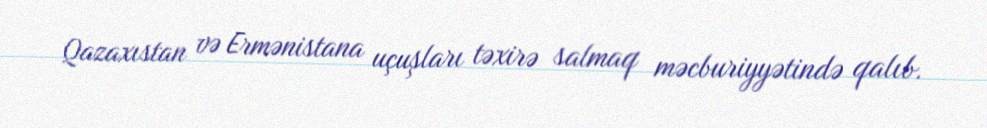
Qazaxıstan və Ermənistana uçuşları təxirə salmaq məcburiyyətində qalıb.